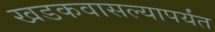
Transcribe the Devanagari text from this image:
खडकवासल्यापर्यंत